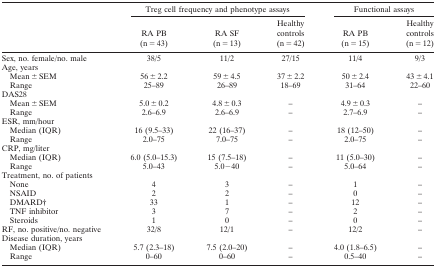
|  | <COLSPAN=3> Treg cell frequency and phenotype assays | <COLSPAN=2> Functional assays |
 |  | RA PB (n = 43) | RA SF (n = 13) | Healthy controls (n = 42) | RA PB (n = 15) | Healthy controls (n = 12) |
 | --- | --- | --- | --- | --- | --- |
 | Sex, no. female/no. male | 38/5 | 11/2 | 27/15 | 11/4 | 9/3 |
 | Age, years |  |  |  |  |  |
 | Mean ± SEM | 56 ± 2.2 | 59 ± 4.5 | 37 ± 2.2 | 50 ± 2.4 | 43 ± 4.1 |
 | Range | 25–89 | 26–89 | 18–69 | 31–64 | 22–60 |
 | DAS28 |  |  |  |  |  |
 | Mean ± SEM | 5.0 ± 0.2 | 4.8 ± 0.3 | – | 4.9 ± 0.3 | – |
 | Range | 2.6–6.9 | 2.6–6.9 | – | 2.7–6.9 | – |
 | ESR, mm/hour |  |  |  |  |  |
 | Median (IQR) | 16 (9.5–33) | 22 (16–37) | – | 18 (12–50) | – |
 | Range | 2.0–75 | 7.0–75 | – | 2.0–75 | – |
 | CRP, mg/liter |  |  |  |  |  |
 | Median (IQR) | 6.0 (5.0–15.3) | 15 (7.5–18) | – | 11 (5.0–30) | – |
 | Range | 5.0–43 | 5.0−40 | – | 5.0–64 | – |
 | Treatment, no. of patients |  |  |  |  |  |
 | None | 4 | 3 | – | 1 | – |
 | NSAID | 2 | 2 | – | 0 | – |
 | DMARDb | 33 | 1 | – | 12 | – |
 | TNF inhibitor | 3 | 7 | – | 2 | – |
 | Steroids | 1 | 0 | – | 0 | – |
 | RF, no. positive/no. negative | 32/8 | 12/1 | – | 12/2 | – |
 | Disease duration, years |  |  |  |  |  |
 | Median (IQR) | 5.7 (2.3–18) | 7.5 (2.0–20) | – | 4.0 (1.8–6.5) | – |
 | Range | 0–60 | 0–60 | – | 0.5–40 | – |